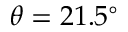
\theta = 2 1 . 5 ^ { \circ }